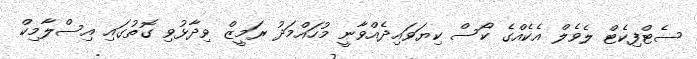
ސެޓްފިކެޓް ލެވެލް އެކެއްގެ ކޯސް ކިޔަވައިދެއްވާނީ މުހައްމަދު ރަމީޒް ވިދާޅުވި ގޮތުގައި އިސްލާމިކް